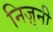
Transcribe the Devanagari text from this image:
निज़्नी